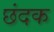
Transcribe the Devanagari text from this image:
छंदक